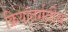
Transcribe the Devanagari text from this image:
क्रियांतर्गतीय